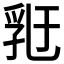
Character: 𠄀